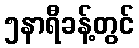
၅နာရီခန့်တွင်